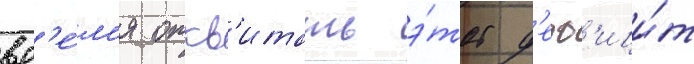
вр'е́м'я откв'итать э́тот д'еф'ици́т